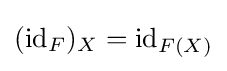
(\mathrm {id} _{F})_{X}=\mathrm {id} _{F(X)}